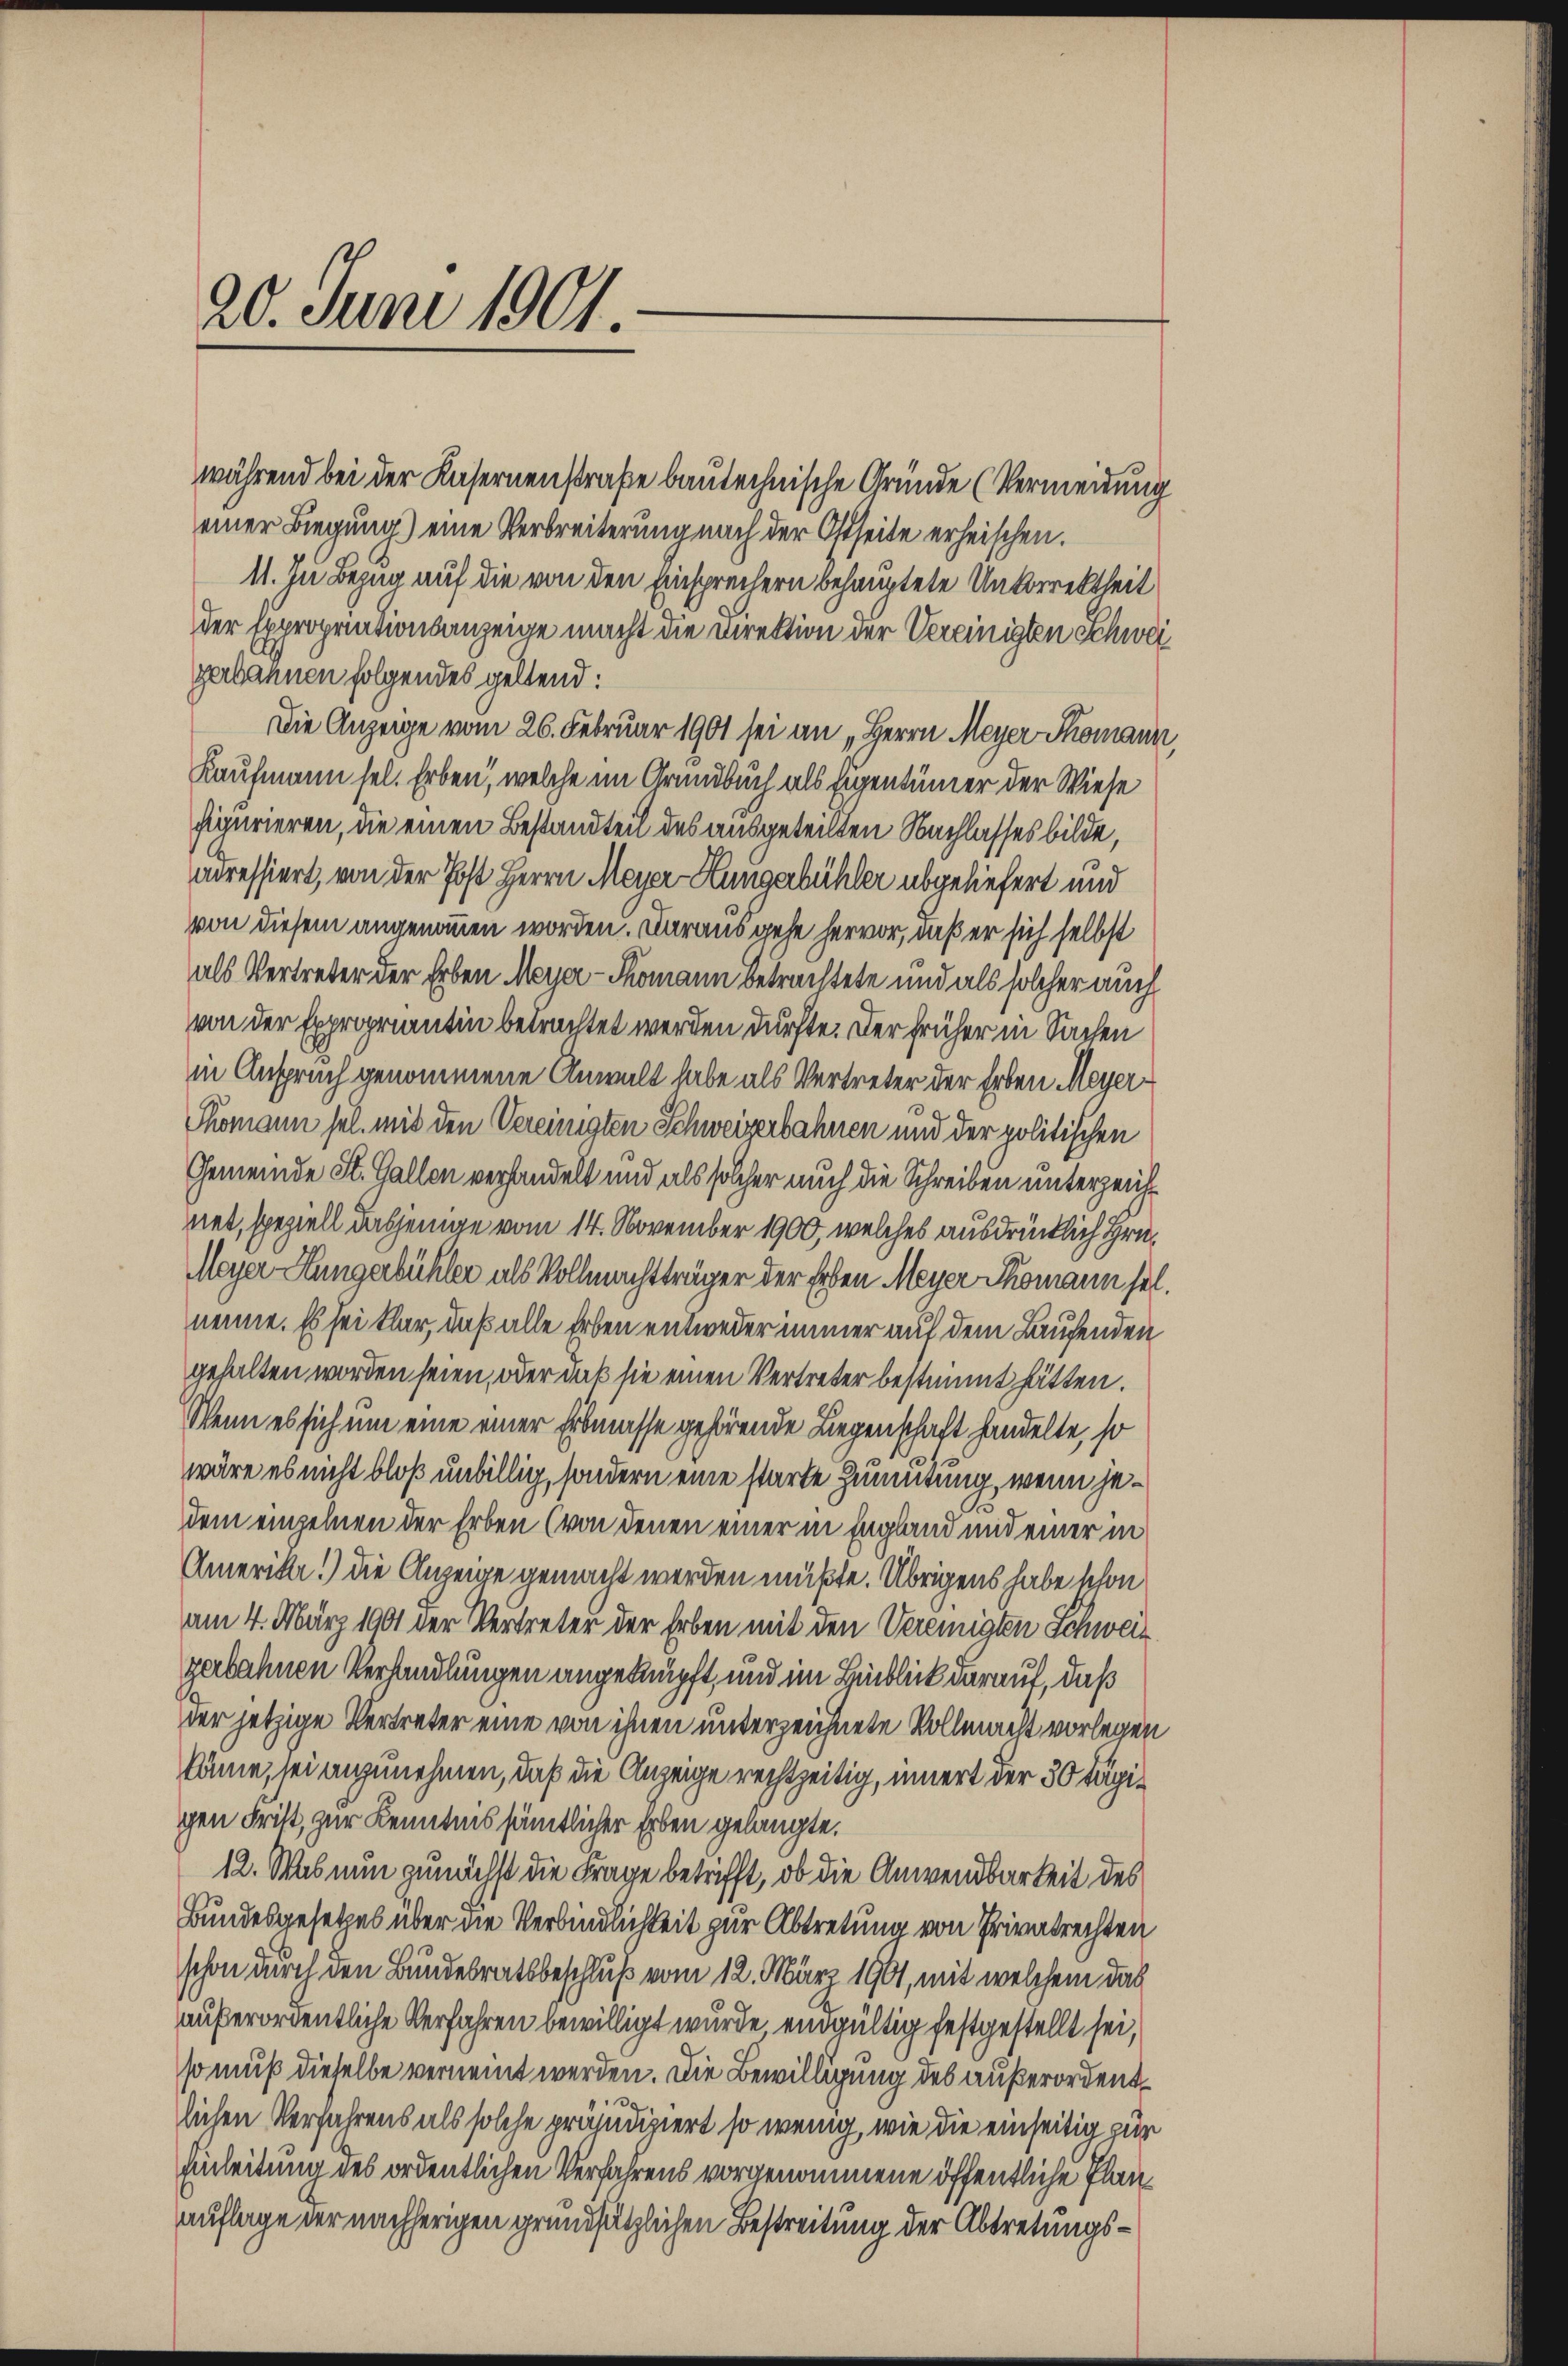
20. Juni 1901.

während bei der Kasernenstraße bautechnische Gründe (Vermeidung
einer Biegung) eine Verbreiterung nach der Ostseite erheischen.
11. In Bezug auf die von den Einsprechern behauptete Unkorrektheit
der Expropriationsanzeige macht die Direktion der Vereinigten Schweigerbahnen folgendes geltend:
Die Anzeige vom 26. Februar 1901 sei an „Herrn Meyer Skomann,
Kaufmann sel. Erben, welche im Grundbuch als Eigentümer der Wiese
figurieren, die einen Bestandteil des ausgeteilten Nachlasses bilde,
adressiert, von der Post Herrn Meyer Hungerbühler abgeliefert und
von diesem angenommen worden. Daraus gehe hervor, daß er sich selbst
als Vertreter der Erben Meyer-Thomann betrachtete und als solcher auch
von der Expropriantin betrachtet werden dürfte. Der früher in Sachen
in Anspruch genommene Anwalt habe als Vertreter der Erben Meyer
Thomann sel. mit den Vereinigten Schweizerbahnen und der politischen
Gemeinde St. Gallen verhandelt und als solcher auch die Schreiben unterzeichnet, speziell dasjenige vom 14. November 1900, welches ausdrücklich Grü¬
Meyer Hungerbühler als Vollmachtträger der Erben Meyer Thomann sel.
nenne. Es sei klar, daß alle Erben entweder immer auf dem Laufenden
gehalten worden seien, oder daß sie einen Vertreter bestimmt hätten.
Wenn es sich um eine einer Erbmasse gehörende Liegenschaft handelte, so
wäre es nicht bloß unbillig, sondern eine starte Zumutung, wenn jedem einzelnen der Erben (von denen einer in England und einer in
Amerike!) Die Anzeige gemacht werden müßte. Übrigens habe schon
am 4. März 1901 der Vertreter der Erben mit den Vereinigten Schweiz
gerbahnen Verhandlungen angeknüpft, und im Hinblick darauf, daß
der jetzige Vertreter eine von ihnen unterzeichnete Vollmacht vorlegen
könne, sei anzunehmen, daß die Anzeige rechtzeitig, innert der 30 Tapigen dritt, zur Kenntnis sämmtlicher Erben gelangte.
12. Was nun zunächst die Frage betrifft, ob die Anwendbarkeit des
Bundesgesetzes über die Verbindlichkeit zur Abtretung von Privatrechten
schon durch den Bundesratsbeschluß vom 12. März 1901, mit welchem das
außerordentliche Verfahren bewilligt wurde eingültig festgestellt sei,
so muß dieselbe verneint werden. Die Bewilligung des außerordentlichen Verfahrens als solche präjudiziert so wenig, wie die einseitig zur
Einleitung des ordentlichen Verfahrens vorgenommene öffentliche Planauflage der nachherigen grundsätzlichen Bestreitung der Abtretungs¬